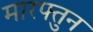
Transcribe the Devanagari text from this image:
मारफ्तुन